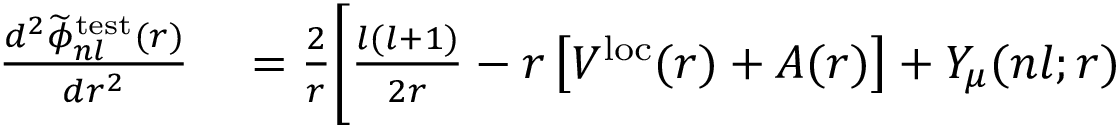
\begin{array} { r l } { \frac { d ^ { 2 } \widetilde { \phi } _ { n l } ^ { \mathrm { t e s t } } ( r ) } { d r ^ { 2 } } } & { { } = \frac { 2 } { r } \bigg [ \frac { l ( l + 1 ) } { 2 r } - r \left[ V ^ { \mathrm { l o c } } ( r ) + A ( r ) \right] + Y _ { \mu } ( n l ; r ) } \end{array}